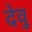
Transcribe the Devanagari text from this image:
देवु